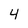
Character: 4